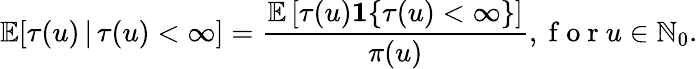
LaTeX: \mathbb{E}[\tau(u)\, |\, \tau(u)<\infty]=\frac{\mathbb{E}\left[\tau(u)\mathbf{1}\{ \tau(u)<\infty\} \right]}{\pi(u)},\mathrm{~f~o~r~}u\in\mathbb{N}_{0}.